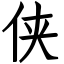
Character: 侠